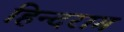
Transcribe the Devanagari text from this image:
हिन्दराग